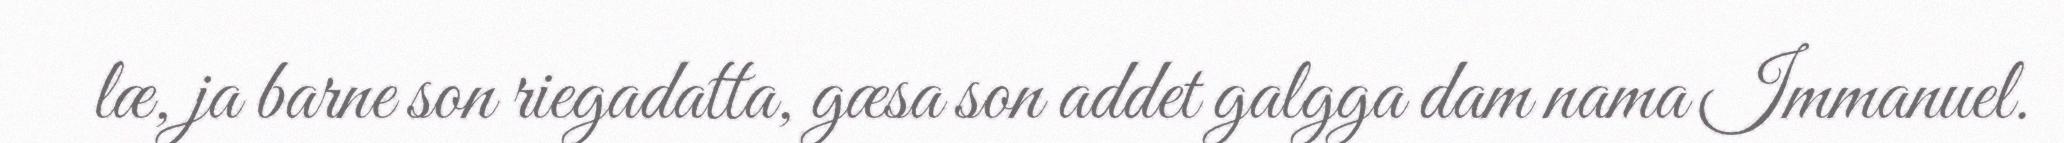
læ, ja barne son riegadatta, gæsa son addet galgga dam nama Immanuel.